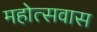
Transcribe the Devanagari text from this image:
महोत्सवास